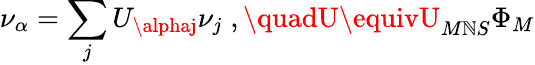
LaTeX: \nu_{\alpha}=\sum_{j}U_{\alphaj}\nu_{j}\; ,\quadU\equivU_{M\mathbb{N}S}\Phi_{M}